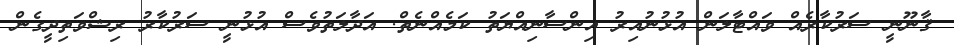
ޤާނޫނީ ސަރުކާރެއް ވައްޓާލަން އުޅުނުއިރު އިންސާނިއްޔަތު ކަމެއްނެތް. އަދާލަތުވެސް އުޅުނީ ސަރުކާރު ރިޝްވަތިދީގެން